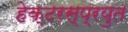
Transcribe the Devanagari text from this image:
हेक्टरस्प्रयुत